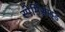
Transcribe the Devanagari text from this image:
स्पेर्मिसाइड